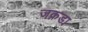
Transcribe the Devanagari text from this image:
जक़डा